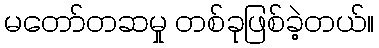
မတော်တဆမှု တစ်ခုဖြစ်ခဲ့တယ်။